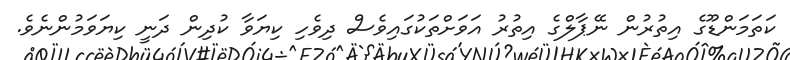
ކަތަމަންޑޫގެ އިތުރުން ނޭޕާލްގެ އިތުރު އަވަށްތަކުގައިވެސް ދިވެހި ކިޔަވާ ކުދިން ދަނީ ކިޔަވަމުންނެވެ.